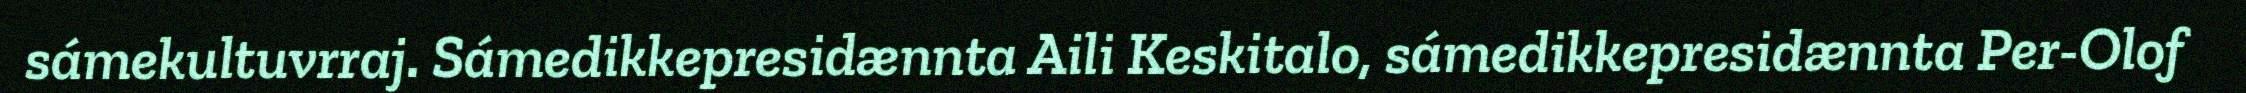
sámekultuvrraj. Sámedikkepresidænnta Aili Keskitalo, sámedikkepresidænnta Per-Olof